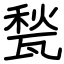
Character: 甃